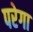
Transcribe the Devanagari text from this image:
परेगा